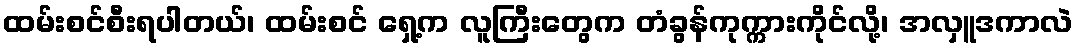
ထမ်းစင်စီးရပါတယ်၊ ထမ်းစင် ရှေ့က လူကြီးတွေက တံခွန်ကုက္ကားကိုင်လို့၊ အလှူဒကာလဲ